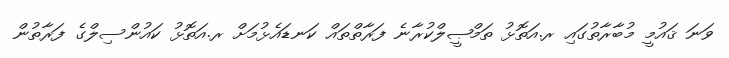
ވަނަ ޤައުމީ މުބާރާތުގައި ރ.އަތޮޅު ތަމްޞީލްކުރާނެ ފަރާތްތައް ކަނޑައެޅުމަށް ރ.އަތޮޅު ކައުންސިލްގެ ފަރާތުން